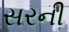
સરની